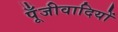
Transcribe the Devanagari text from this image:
पूँजीवादियों